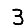
Digit: 3